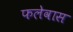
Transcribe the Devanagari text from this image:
फलेवास